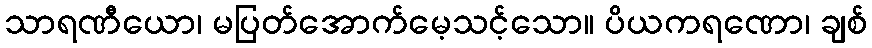
သာရဏီယော၊ မပြတ်အောက်မေ့သင့်သော။ ပိယကရဏော၊ ချစ်